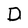
Character: D